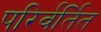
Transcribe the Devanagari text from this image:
परिर्वर्तित